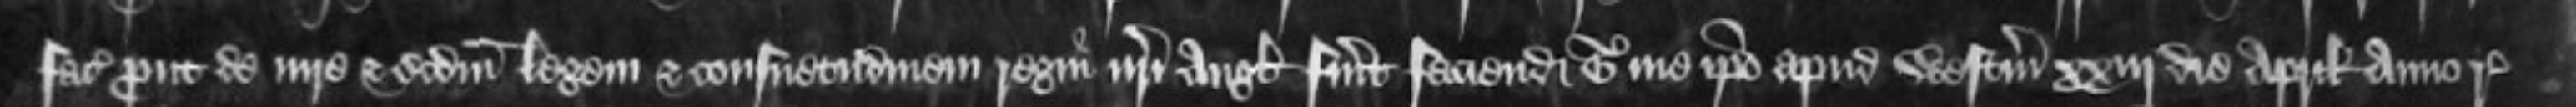
faciatis prout de iure et secundum legem et consuetudinem regni nostri Anglie fuerit faciendum Teste me ipso apud Westmonasterium xxiii die Aprilis anno regni